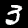
Label: 3